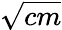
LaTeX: \sqrt{cm}